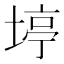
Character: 𪣹